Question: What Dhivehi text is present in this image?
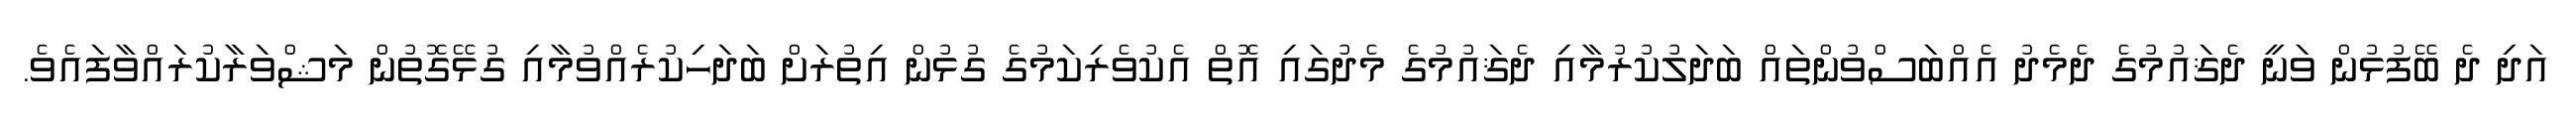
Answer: އަދި ދެ ބޭފުޅުން ވަނީ ދެޤައުމުގެ ދެމެދު އެއްބަސްވުންތައް ބަދަލުކުރުމާއި ދެޤައުމުގެ މެދުގައި އޮތް އެކުވެރިކަމުގެ ގުޅުން އިތުރަށް ބަދަހިކުރެއްވުމާއި ގުޅޭގޮތުން މަޝްވަރާކުރައްވާފައެވެ.